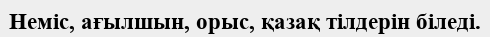
Неміс, ағылшын, орыс, қазақ тілдерін біледі.